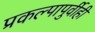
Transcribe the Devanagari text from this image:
प्रकल्पापुर्वीही